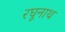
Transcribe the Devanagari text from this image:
रघूनाथ